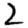
Digit: 2